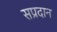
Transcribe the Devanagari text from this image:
सप्रदान